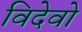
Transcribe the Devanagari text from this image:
विदेवो